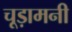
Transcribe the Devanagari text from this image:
चूड़ामनी